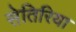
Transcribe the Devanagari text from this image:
सेतिरिया